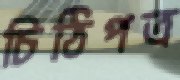
চিঠিপত্র